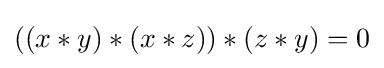
\left(\left(x\ast y\right)\ast \left(x\ast z\right)\right)\ast \left(z\ast y\right)=0